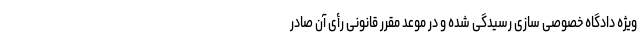
ویژه دادگاه خصوصی سازی رسیدگی شده و در موعد مقرر قانونی رأی آن صادر